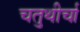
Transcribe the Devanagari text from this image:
चतुथीर्चा